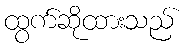
ထွက်ဆိုထားသည်